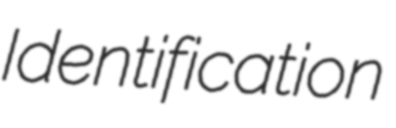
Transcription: Identification